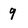
Character: 9